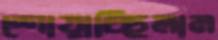
শোয়াচ্ছিলাম